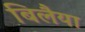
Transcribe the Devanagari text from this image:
बिलैया